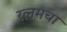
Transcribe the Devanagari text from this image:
रत्नमचा